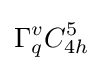
\Gamma _{q}^{v}C_{4h}^{5}